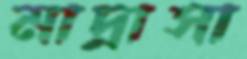
মাদ্রাসা